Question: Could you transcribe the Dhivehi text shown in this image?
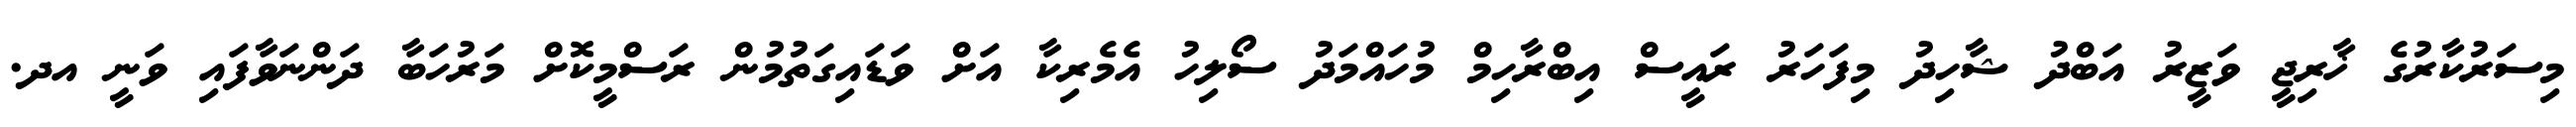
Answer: މިސަރުކާރުގެ ޚާރިޖީ ވަޒީރު އަބްދު ޝާހިދު މިފަހަރު ރައީސް އިބްރާހިމް މުހައްމަދު ސޯލިހު އެމެރިކާ އަށް ވަޑައިގަތުމުން ރަސްމީކޮށް މަރުހަބާ ދަންނަވާފައި ވަނީ އދ.